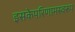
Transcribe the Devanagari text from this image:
इसकेपरिणामस्वरूप